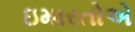
ઇમારતોએ